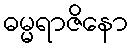
ဓမ္မရာဇိနော